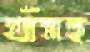
খাঁসহ